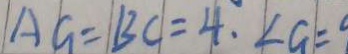
A G = B C = 4 . \angle G =